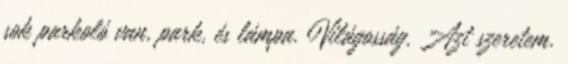
sok parkoló van, park, és lámpa. Világosság. Azt szeretem.